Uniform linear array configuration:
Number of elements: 4
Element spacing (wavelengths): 1
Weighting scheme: cosine
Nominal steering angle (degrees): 15
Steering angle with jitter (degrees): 14.658
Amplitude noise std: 0.05
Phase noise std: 0.05

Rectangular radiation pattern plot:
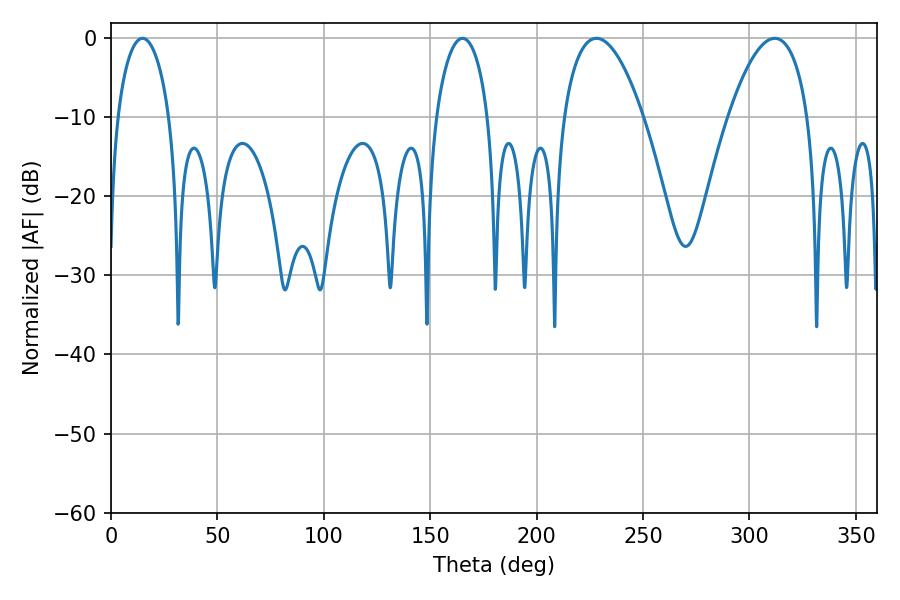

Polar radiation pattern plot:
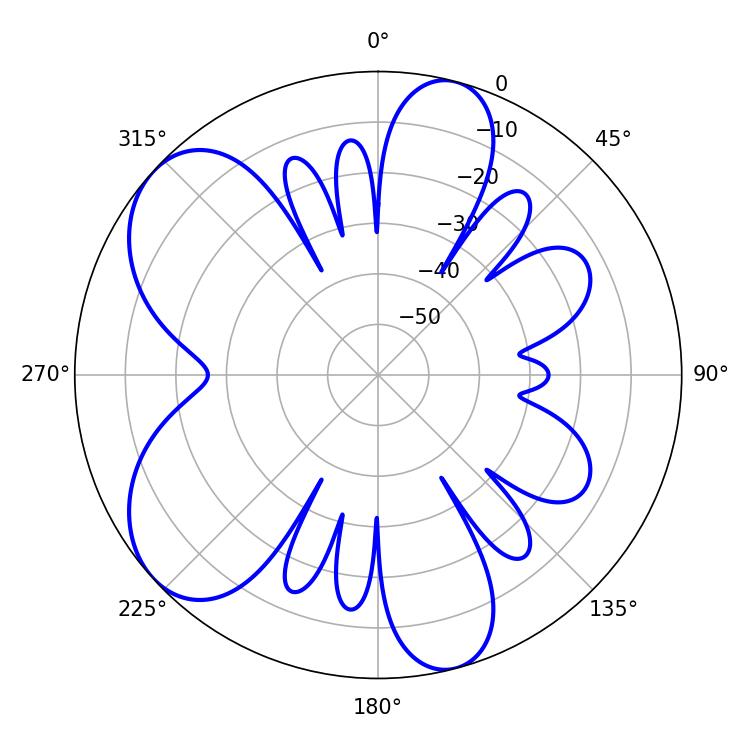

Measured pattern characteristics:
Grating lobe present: TRUE
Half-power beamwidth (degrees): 20.7
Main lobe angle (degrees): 311.94